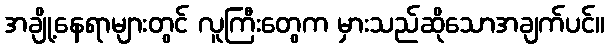
အချို့နေရာများတွင် လူကြီးတွေက မှားသည်ဆိုသောအချက်ပင်။